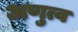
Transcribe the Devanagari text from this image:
अणुत्व